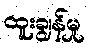
ထူးချွန်မှု